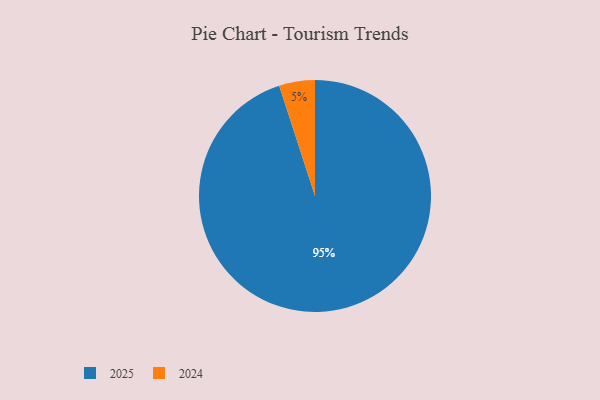
{"axis": {"x": "Category", "y": "Percentage"}, "legend": ["2024", "2025"], "data": [{"x": "2024", "y": 5, "type": "2024"}, {"x": "2025", "y": 95, "type": "2025"}]}